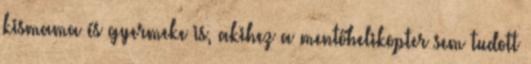
kismama és gyermeke is, akihez a mentőhelikopter sem tudott